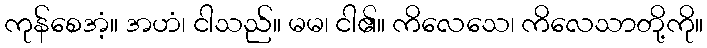
ကုန်စေအံ့။ အဟံ၊ ငါသည်။ မမ၊ ငါ၏။ ကိလေသေ၊ ကိလေသာတို့ကို။